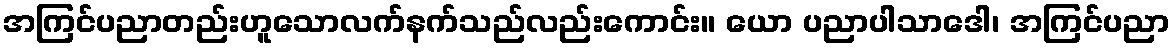
အကြင်ပညာတည်းဟူသောလက်နက်သည်လည်းကောင်း။ ယော ပညာပါသာဒေါ၊ အကြင်ပညာ